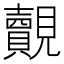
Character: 覿